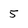
Character: 5